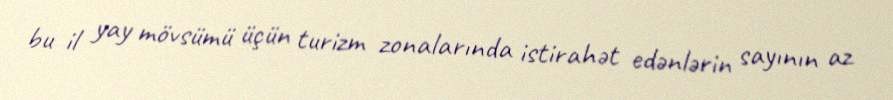
bu il yay mövsümü üçün turizm zonalarında istirahət edənlərin sayının az